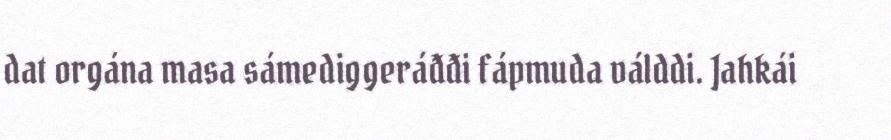
dat orgána masa sámediggeráđđi fápmuda válddi. Jahkái